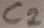
Text: C2